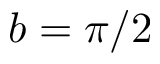
b = \pi / 2